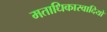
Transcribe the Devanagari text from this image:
मताधिकारवादियों